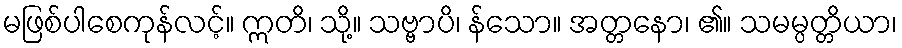
မဖြစ်ပါစေကုန်လင့်။ ဣတိ၊ သို့။ သဗ္ဗာပိ၊ န်သော။ အတ္တနော၊ ၏။ သမမ္ပတ္တိယာ၊